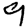
Digit: 9